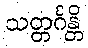
သတ္တင်္ဂန္တိ